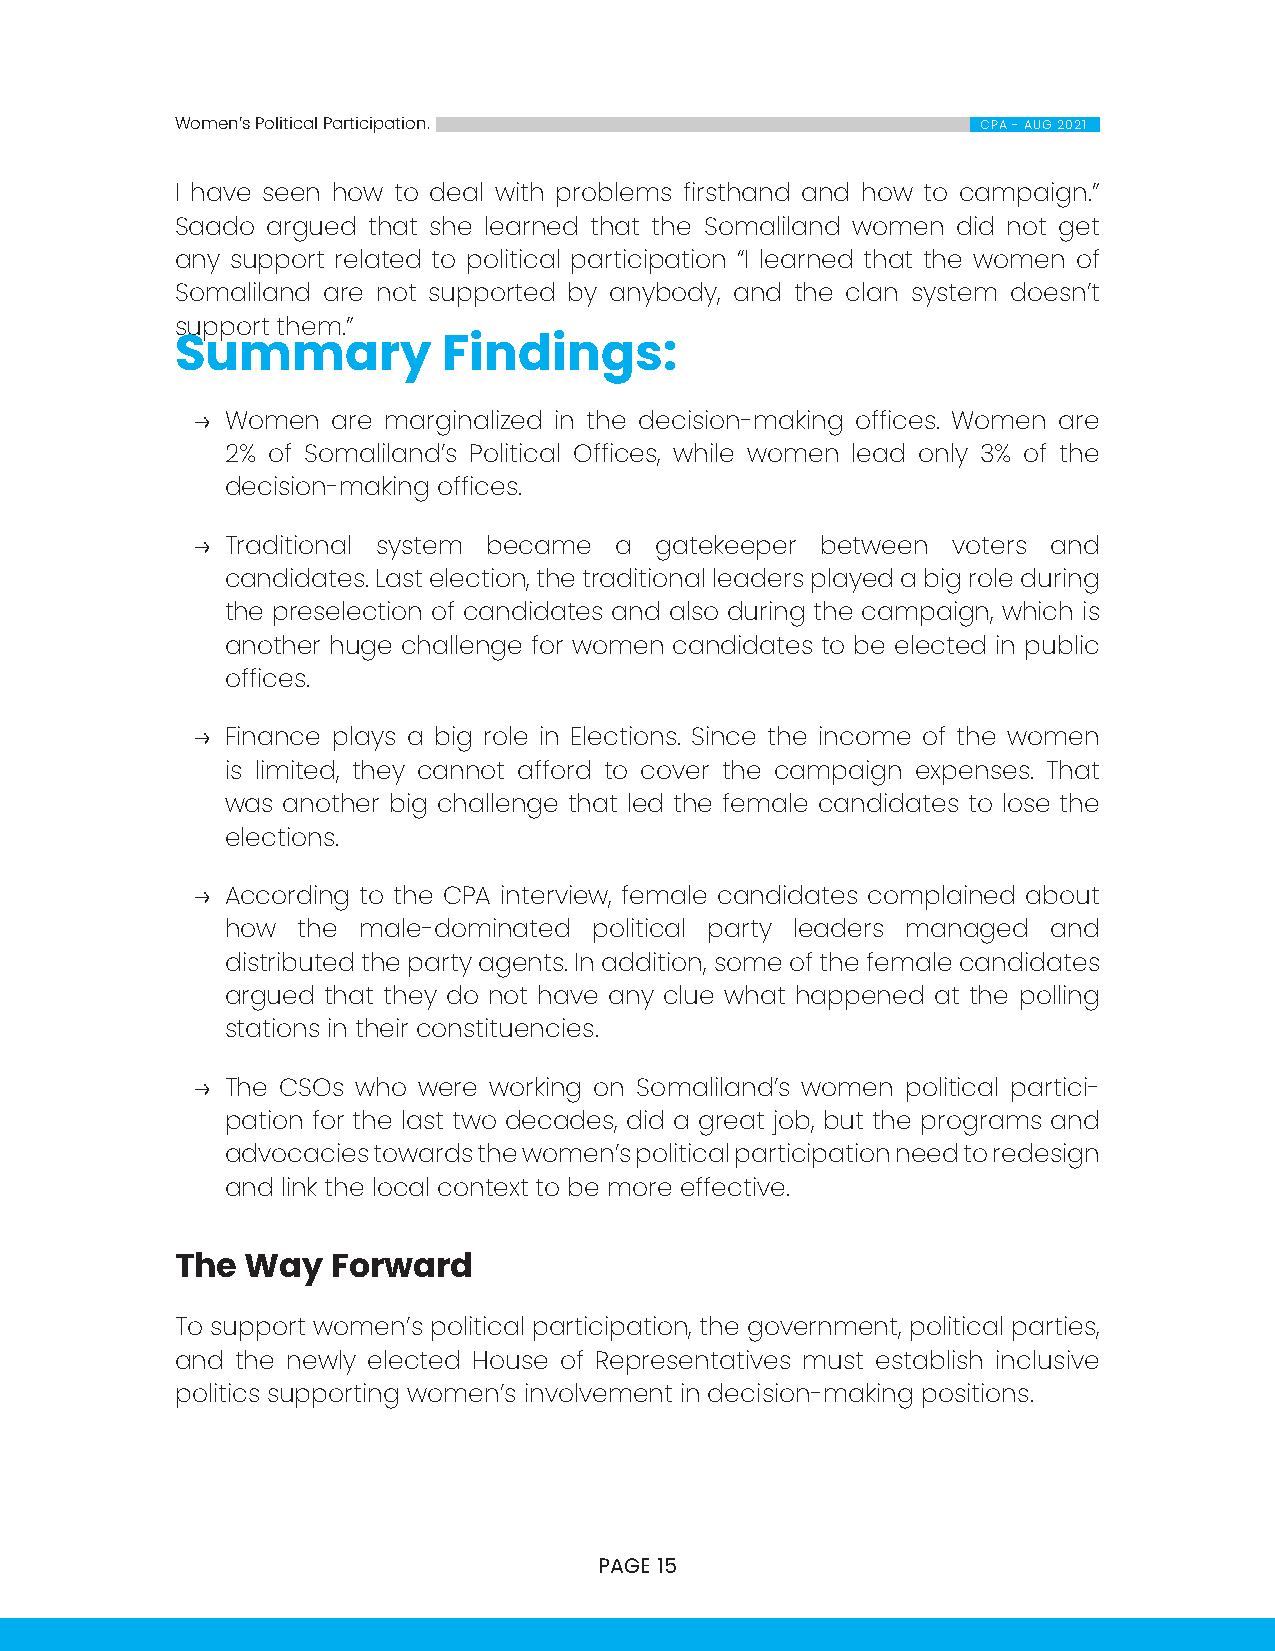
Women’s Political Participation.                     CPA - AUG 2021
 I have seen how to deal with problems firsthand and how to campaign.”
 Saado argued that she learned that the Somaliland women did not get
 any support related to political participation “I learned that the women of
 Somaliland are not supported by anybody, and the clan system doesn’t
 support them.”
 Summary          Findings:
 → Women  are marginalized in the decision-making offices. Women are
 2% of Somaliland’s Political Offices, while women lead only 3% of the
 decision-making offices.
 → Traditional system became a gatekeeper between  voters and
 candidates. Last election, the traditional leaders played a big role during
 the preselection of candidates and also during the campaign, which is
 another huge challenge for women candidates to be elected in public
 offices.
 → Finance plays a big role in Elections. Since the income of the women
 is limited, they cannot afford to cover the campaign expenses. That
 was another big challenge that led the female candidates to lose the
 elections.
 → According to the CPA interview, female candidates complained about
 how  the male-dominated political party leaders managed and
 distributed the party agents. In addition, some of the female candidates
 argued that they do not have any clue what happened at the polling
 stations in their constituencies.
 → The CSOs who were working on Somaliland’s women political partici-
 pation for the last two decades, did a great job, but the programs and
 advocacies towards the women’s political participation need to redesign
 and link the local context to be more effective.
 The Way   Forward
 To support women’s political participation, the government, political parties,
 and the newly elected House of Representatives must establish inclusive
 politics supporting women’s involvement in decision-making positions.
 PAGE 15